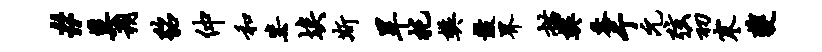
#莫朔貂仲和毖埃斯旱托樊鼓界描樊黍亍元弦初寒夔